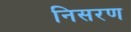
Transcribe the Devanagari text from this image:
निसरण